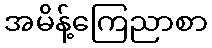
အမိန့်ကြေညာစာ